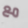
مع